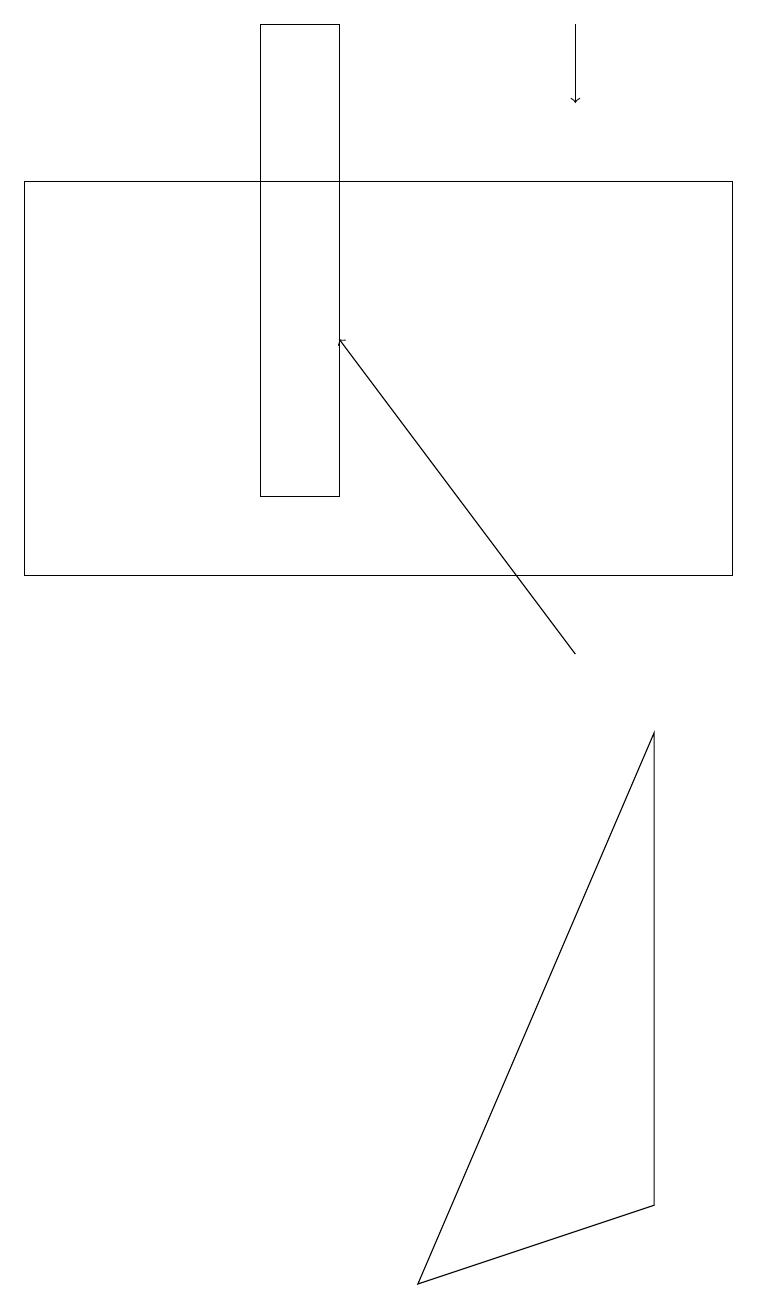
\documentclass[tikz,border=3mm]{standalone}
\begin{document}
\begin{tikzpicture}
\draw[->] (7,18) -- (7,17);
\draw (0,12) rectangle (0,15);
\draw (8,9) -- (5,2) -- (8,3) -- cycle;
\draw[->] (7,10) -- (4,14);
\draw (3,12) rectangle (4,18);
\draw (9,16) rectangle (0,11);
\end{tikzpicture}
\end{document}